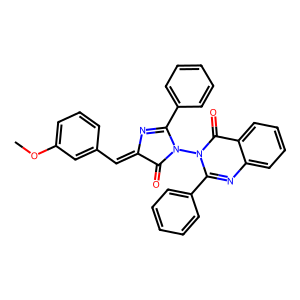
SMILES: COc1cccc(C=C2N=C(c3ccccc3)N(n3c(-c4ccccc4)nc4ccccc4c3=O)C2=O)c1
Inhibits HIV replication: No